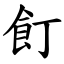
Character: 飣